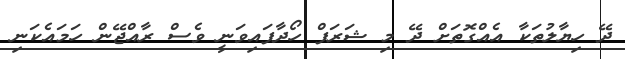
ދޭ ހިޔާލުތަކާ އެއްގޮތަށް ދޭ މި ޝަރަފް ހޯދާފައިވަނީ ވެސް ރާއްޖޭން ހަމައެކަނި